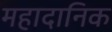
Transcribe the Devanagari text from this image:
महादानिक